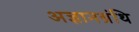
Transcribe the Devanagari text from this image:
अज्ञानग्रंथि